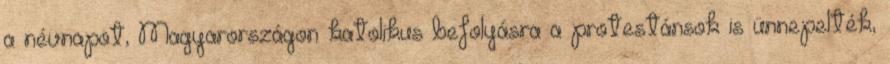
a névnapot, Magyarországon katolikus befolyásra a protestánsok is ünnepelték,